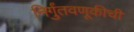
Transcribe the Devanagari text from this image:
निर्गुंतवणूकीची